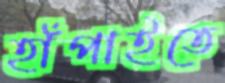
হাঁপাইতে